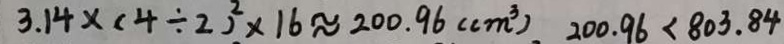
3 \cdot 1 4 \times ( 4 \div 2 ) ^ { 2 } \times 1 6 \approx 2 0 0 . 9 6 ( c m ^ { 3 } ) . 2 0 0 \cdot 9 6 < 8 0 3 \cdot 8 4